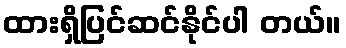
ထားရှိပြင်ဆင်နိုင်ပါ တယ်။